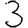
Digit: 3